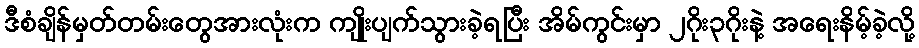
ဒီစံချိန်မှတ်တမ်းတွေအားလုံးက ကျိုးပျက်သွားခဲ့ရပြီး အိမ်ကွင်းမှာ ၂ဂိုး၃ဂိုးနဲ့ အရေးနိမ့်ခဲ့လို့